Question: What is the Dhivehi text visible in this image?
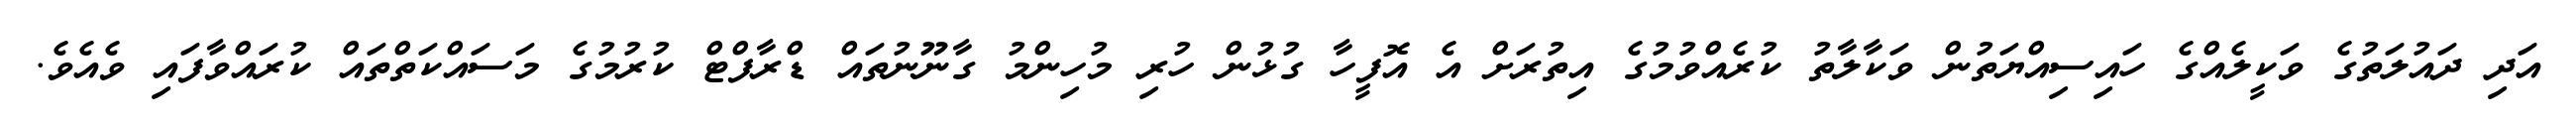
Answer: އަދި ދައުލަތުގެ ވަކީލެއްގެ ހައިސިއްޔަތުން ވަކާލާތު ކުރެއްވުމުގެ އިތުރަށް އެ އޮފީހާ ގުޅުން ހުރި މުހިންމު ގާނޫނުތައް ޑްރާފްޓް ކުރުމުގެ މަސައްކަތްތައް ކުރައްވާފައި ވެއެވެ.